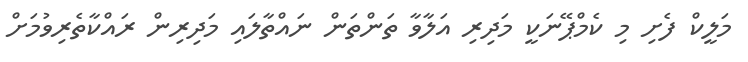
މަލީކް ފެށި މި ކެމްޕޭނަކީ މަދިރި އަލާވާ ތަންތަން ނައްތާލައި މަދިރިން ރައްކާތެރިވުމަށް